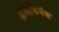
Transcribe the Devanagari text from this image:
डायफिनॅक